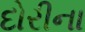
દોરીના